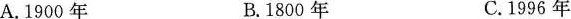
A.1900年 B.1800年 C.1996年